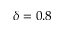
\delta = 0 . 8